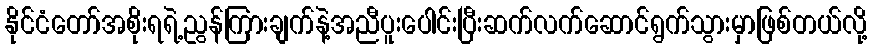
နိုင်ငံတော်အစိုးရရဲ့ညွန်ကြားချက်နဲ့အညီပူးပေါင်းပြီးဆက်လက်ဆောင်ရွက်သွားမှာဖြစ်တယ်လို့